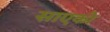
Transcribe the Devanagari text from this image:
साएको